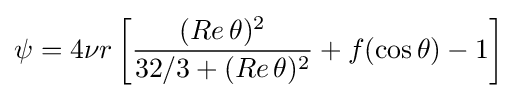
\psi =4\nu r\left[{\frac {(Re\,\theta )^{2}}{32/3+(Re\,\theta )^{2}}}+f(\cos \theta )-1\right]